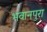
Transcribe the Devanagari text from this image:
भवानपुरा